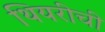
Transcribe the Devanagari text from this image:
थियरीची